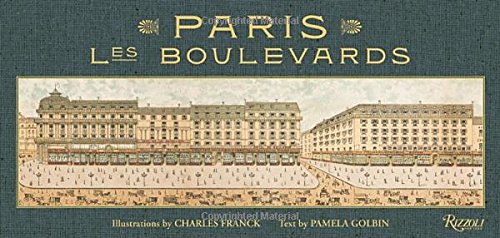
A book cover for Paris: Les Boulevards; Pamela Golbin; Crafts, Hobbies & Home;